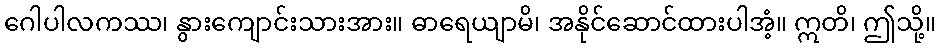
ဂေါပါလကဿ၊ နွားကျောင်းသားအား။ ဓာရေယျာမိ၊ အနိုင်ဆောင်ထားပါအံ့။ ဣတိ၊ ဤသို့။